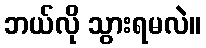
ဘယ်လို သွားရမလဲ။